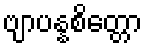
ဗျာပန္နစိတ္တော